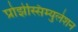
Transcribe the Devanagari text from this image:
प्रोझेस्सिम्युलेशन